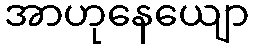
အာဟုနေယျော